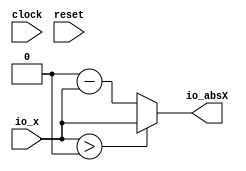
// This program was cloned from: https://github.com/wilfredkisku/CHISEL3-PROJECTS
// License: The Unlicense

module myWhenAbsNew(
  input        clock,
  input        reset,
  input  [7:0] io_x,
  output [7:0] io_absX
);
  wire [7:0] _io_absX_T_3 = 8'sh0 - $signed(io_x); // @[myWhenAbsNew.scala 9:36]
  assign io_absX = $signed(io_x) > 8'sh0 ? $signed(io_x) : $signed(_io_absX_T_3); // @[myWhenAbsNew.scala 9:17]
endmodule